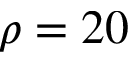
\rho = 2 0